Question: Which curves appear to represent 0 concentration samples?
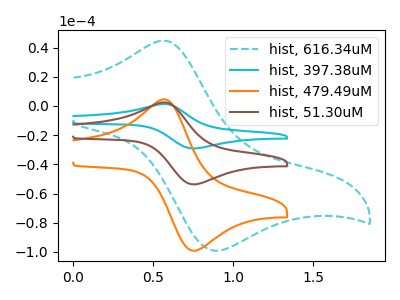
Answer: <think>The cyan dashed curve "hist, 616.34uM" has an anodic peak at (0.55V, 44.75uA) and a cathodic peak at (0.90V, -99.15uA). The cyan curve "hist, 397.38uM" has an anodic peak at (0.60V, 4.50uA) and a cathodic peak at (0.75V, -107.45uA). The orange curve "hist, 479.49uM" has an anodic peak at (0.60V, 4.15uA) and a cathodic peak at (0.75V, -99.15uA). The brown curve "hist, 51.30uM" has an anodic peak at (0.60V, 2.25uA) and a cathodic peak at (0.75V, -53.70uA).</think>
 <answer>There are not any CV's on this graph that are likely to be blanks.</answer>
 <eval>none</eval>